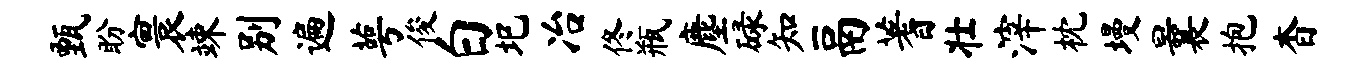
甄盼寰竦别遍萼俊白圯冶佟瓶麈碌知鬲蓍壮滓枕墁曩抱杳